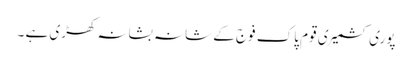
پوری کشمیری قوم پاک فوج کے شانہ بشانہ کھڑی ہے ۔